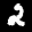
Label: 2